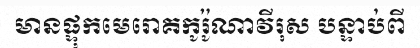
មានផ្ទុកមេរោគកូរ៉ូណាវីរុស បន្ទាប់ពី